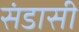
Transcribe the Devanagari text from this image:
संडासी